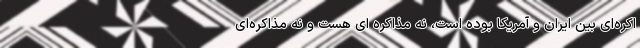
اکره‌ای بین ایران و آمریکا بوده است، نه مذاکره ای هست و نه مذاکره‌ای